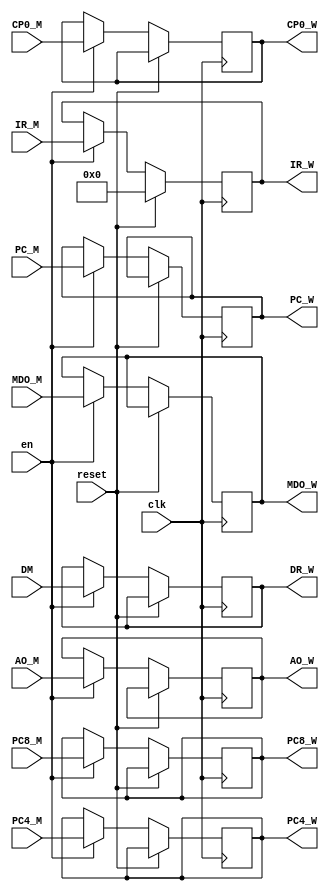
`timescale 1ns / 1ps
//////////////////////////////////////////////////////////////////////////////////
// Company: 
// Engineer: 
// 
// Design Name: 
// Module Name:    WB 
// Project Name: 
// Target Devices: 
// Tool versions: 
// Description: 
//
// Dependencies: 
//
// Revision: 
// Revision 0.01 - File Created
// Additional Comments: 
//
//////////////////////////////////////////////////////////////////////////////////
module WB(
    input clk,
    input reset,
    input en,
    input [31:0] IR_M,
	 input [31:0] PC_M,
    input [31:0] PC4_M,
    input [31:0] PC8_M,
    input [31:0] AO_M,
	 input [31:0] MDO_M,
    input [31:0] DM,
	 input [31:0] CP0_M,
    output reg[31:0] IR_W,
	 output reg[31:0] PC_W,
    output reg[31:0] PC4_W,
    output reg[31:0] PC8_W,
    output reg[31:0] AO_W,
	 output reg[31:0] MDO_W,
    output reg[31:0] DR_W,
	 output reg[31:0] CP0_W
    );
	initial begin
		IR_W <= 0;
	end
	always@(posedge clk) begin
		if(reset) begin
			IR_W <= 32'h00000000;
		end
		else if(en) begin
			IR_W <= IR_M;
			PC_W <= PC_M;
			PC4_W <= PC4_M;
			PC8_W <= PC8_M;
			AO_W <= AO_M;
			MDO_W <= MDO_M;
			DR_W <= DM;
			CP0_W <= CP0_M;
		end
	end
	
endmodule